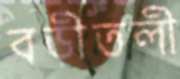
বড়ীতলী